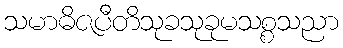
သမာဓိဇပီတိသုခသုခုမသစ္စသညာ